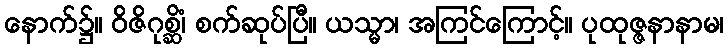
နောက်၌။ ဝိဇိဂုစ္ဆိံ၊ စက်ဆုပ်ပြီ။ ယသ္မာ၊ အကြင်ကြောင့်။ ပုထုဇ္ဇနာနာမ၊